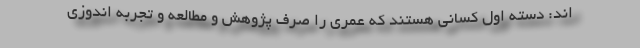
اند: دسته اول کسانی هستند که عمری را صرف پژوهش و مطالعه و تجربه اندوزی